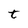
Character: t